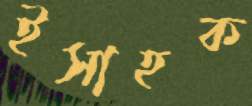
ইসাহক